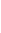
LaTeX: D\! \! \! \! \! \! \! \! \! \! \! \! _{\! }\! \! \! \! \! \! \! \! \! \! \! 2\! \! \! \! \! \! \! \! \! \! \! \! =\! \! \! \! \! \! \! \! \! \! \! \! \Psi\! \! \! \! \! \! \! \! \! \! \! \! \circ\! \! \! \! \! \! \! \! \! \! \! \! \Phi\! \! \! \! \! \! \! \! \! \! \! \! ^{\! \! \! \! \! \! \! \! \! \! \! \! -\! \! \! \! \! \! \! \! \! \! \! \! 1}\! \! \! \! \! \! \! \! \! \! \! \! (D\! \! \! \! \! \! \! \! \! \! \! \! _{\! }\! \! \! \! \! \! \! \! \! \! \! 1\! \! \! \! \! \! \! \! \! \! \! \! )\! \! \! \! \! \! \! \! \! \! \!